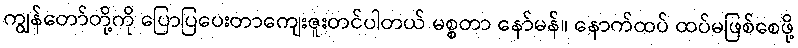
ကျွန်တော်တို့ကို ပြောပြပေးတာကျေးဇူးတင်ပါတယ် မစ္စတာ နော်မန်။ နောက်ထပ် ထပ်မဖြစ်စေဖို့